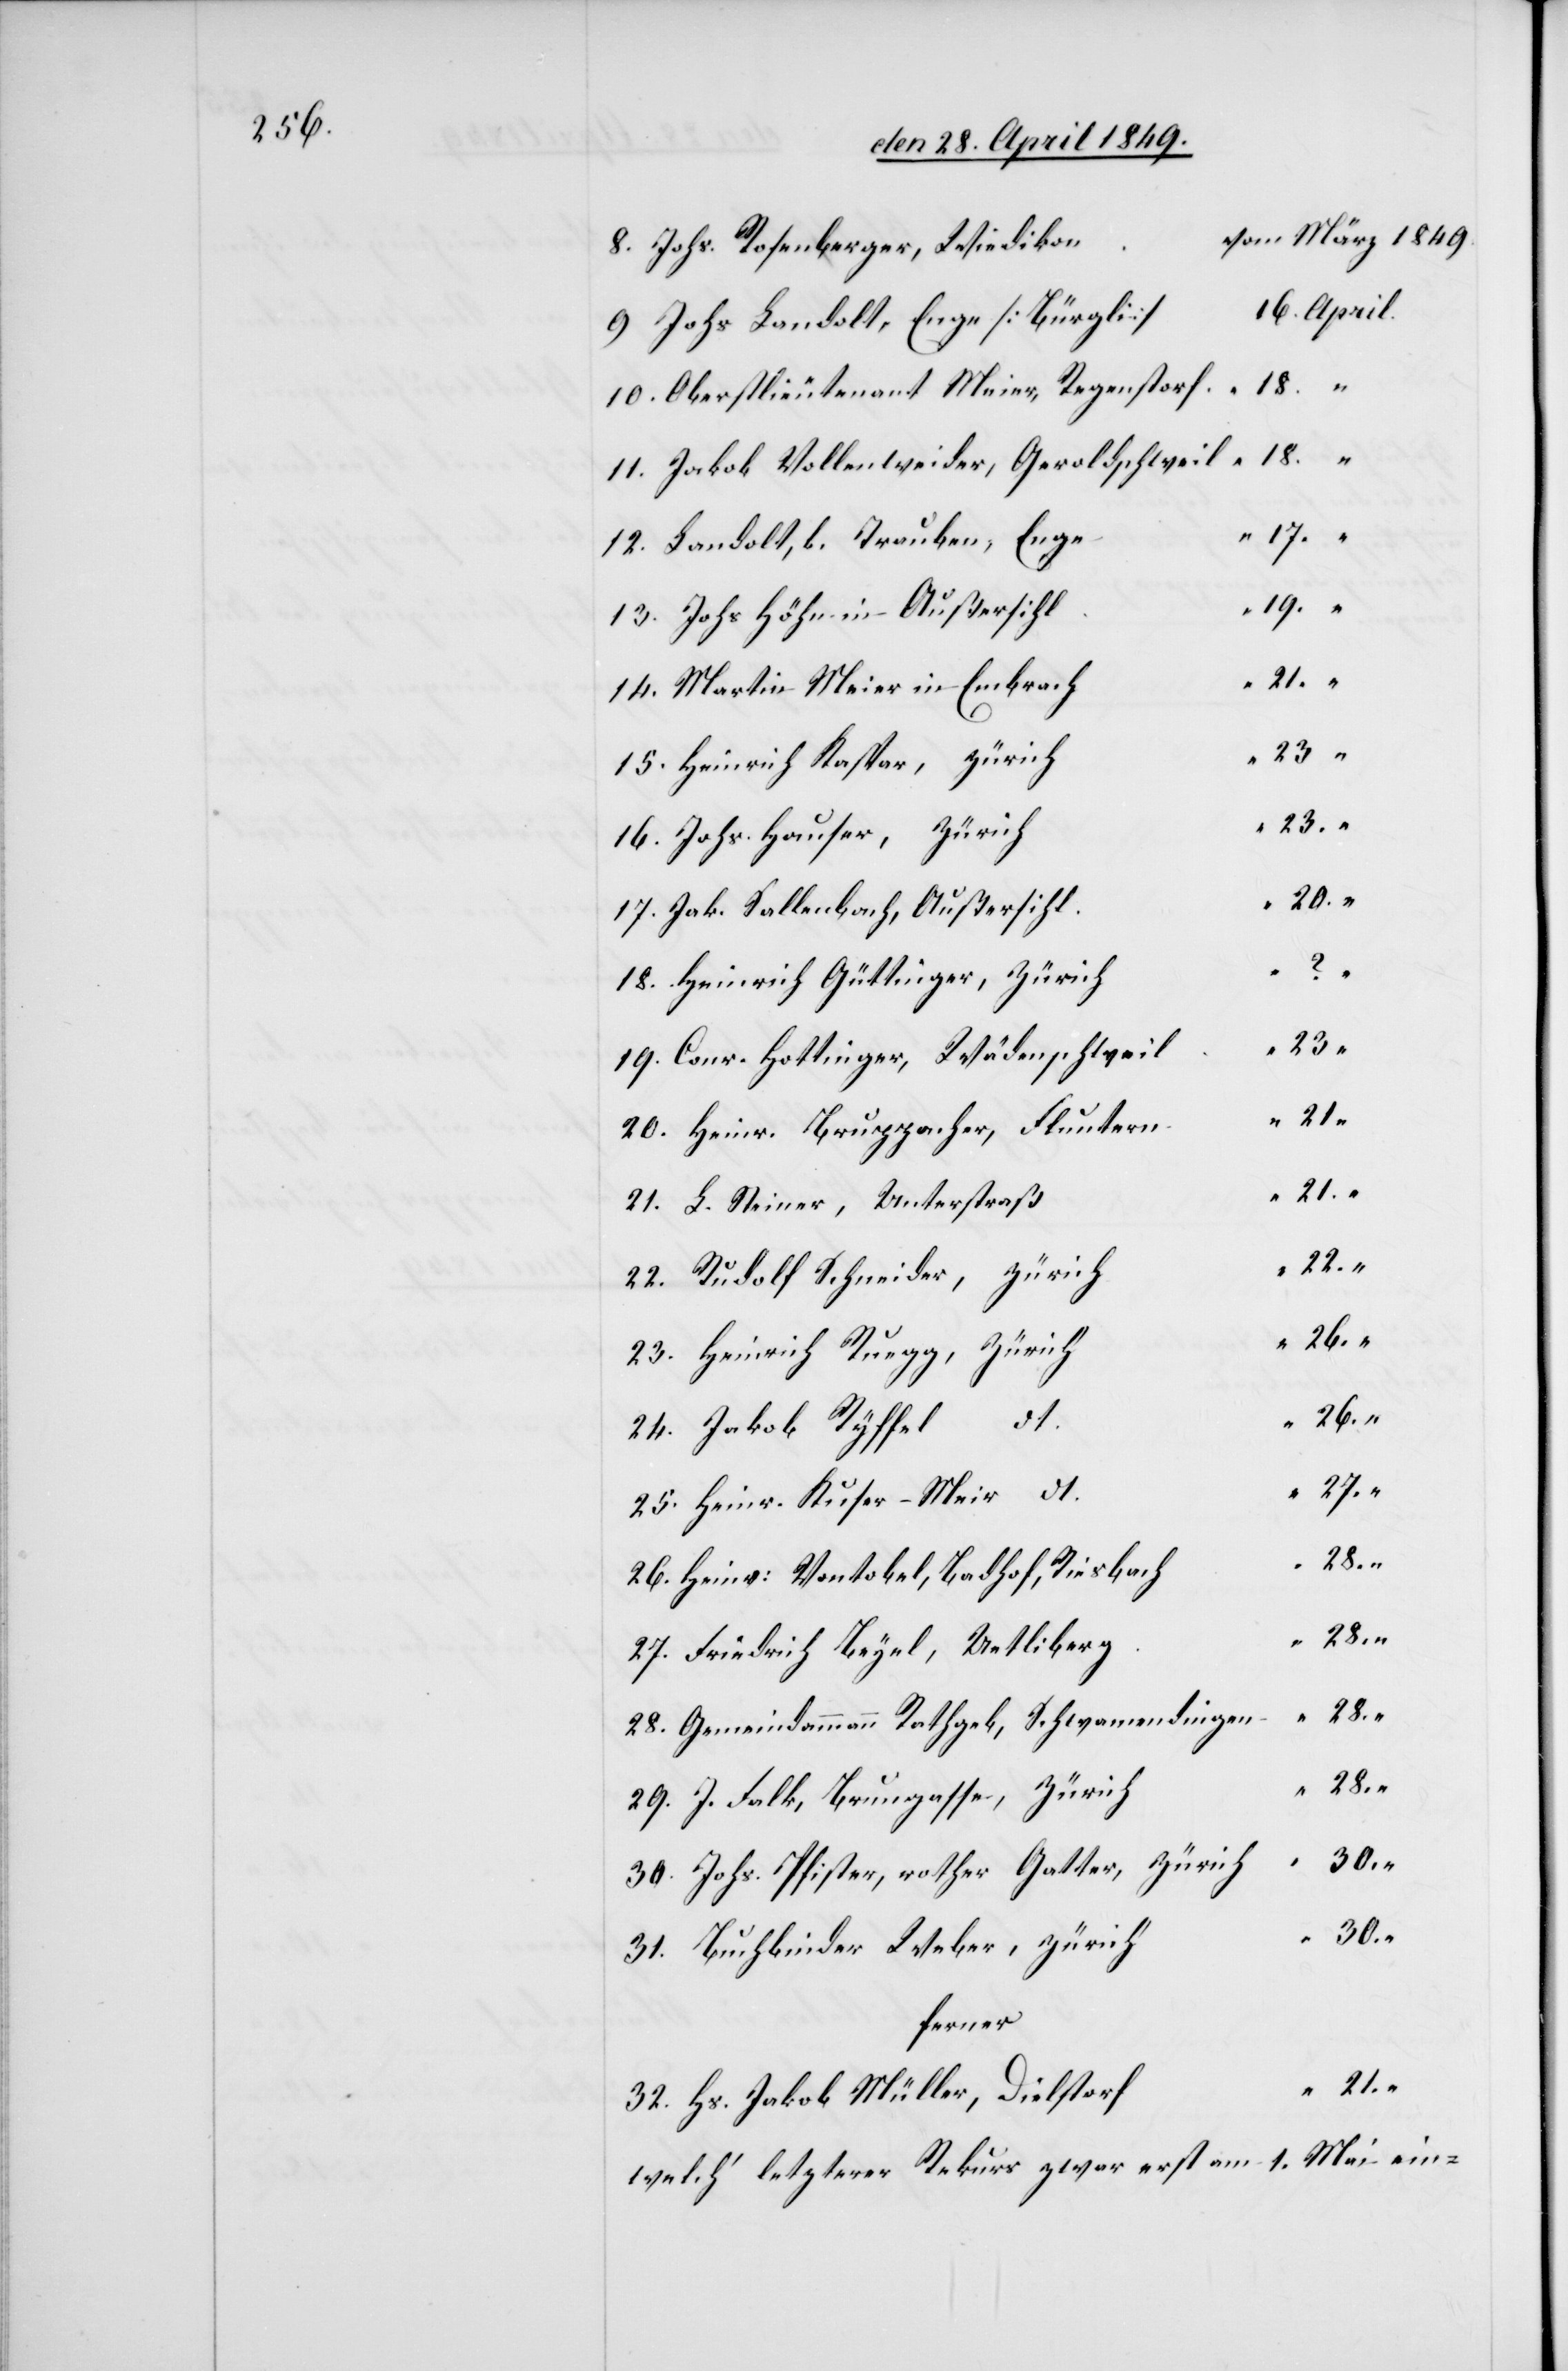
om		März 1849.
8. Johs. Rosenberger, Wiediko¬
9. Johs Landolt, Enge [Bürgl¬
10. Oberstlieutenant Meier, Regenstor¬
11. Jakob Vollenweider, Geroldschwei¬
l
12. Landolt, b. Trauben, Eng¬
13. Johs Höhn in Außersih¬
14. Martin Meier in Embrac¬
15. Heinrich Kaspar, Züric¬
16. Johs. Hauser, Züric¬
h
17. Jak. Sallenbach, Außersih¬
18. Heinrich Güttinger, Züric¬
h
19. Conr. Hottinger, Wädenschwei¬
20. Heinr. Bruppacher, Flunter¬
21. L. Steiner, Unterstra¬
22. Rudolf Schneider, Züric¬
h
23. Heinrich Ruegg, Züric¬
h
24. Jakob Ryffel,
f
25. Heinr. Kuser-Meir
26. Heinr. Vontobel, Badhof, Riesbac¬
h
27. Friedrich Beyel, Uetliber¬
28. Gemeindammann Rathgeb, Schwamendingen
29. J. Falk, Brungasse, Züric¬
30. Johs. Pfister, rother Gatter, Zürich
31. Buchbinder Weber, Züric¬
ferner
32. Hs. Jakob Müller, Dielstor¬
welch‘ letzterer Rekurs zwar erst am 1. Mai ein-